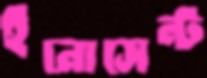
ইনোসেন্ট